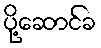
ပို့ဆောင်ခ